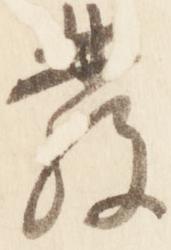
発